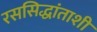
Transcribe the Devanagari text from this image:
रससिद्धांताशी